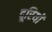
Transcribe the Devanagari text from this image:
दूरियॉ